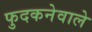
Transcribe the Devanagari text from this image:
फुदकनेवाले